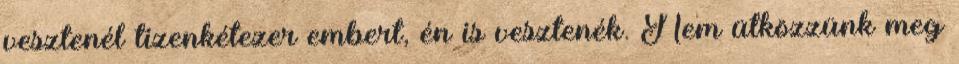
vesztenél tizenkétezer embert, én is vesztenék. Nem ütközzünk meg